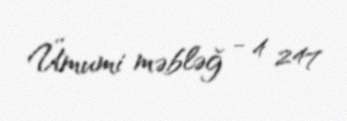
Ümumi məbləğ - 4 247